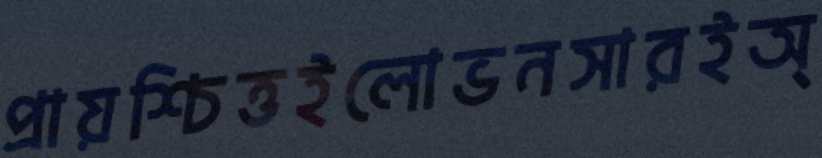
প্রায়শ্চিত্তইলোভনসারইঅ্